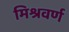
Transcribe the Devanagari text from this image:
मिश्रवर्ण